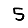
Digit: 5